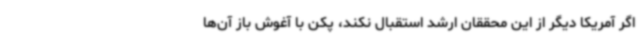
اگر آمریکا دیگر از این محققان ارشد استقبال نکند، پکن با آغوش باز آن‌ها